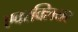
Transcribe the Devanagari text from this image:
एवरक्लियर